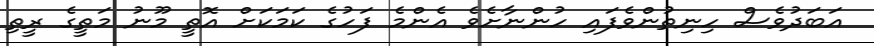
އަބަދުވެސް ހިނިތުންވެފައި ހުންނާށެވެ އެންމެ ފަހުގެ ކަމަކަށް އޮތީ މޫނު މަތީގެ ރީތި